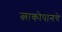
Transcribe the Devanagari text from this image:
त्लाकोपानचे